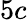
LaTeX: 5c